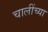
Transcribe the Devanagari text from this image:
चालींच्या